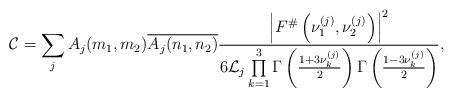
LaTeX: \begin{align*}\mathcal{C} = \sum \limits_j A_j(m_1,m_2) \overline{A_j(n_1,n_2)} \frac{\left|F^{\#}\left(\nu^{(j)}_1, \nu^{(j)}_2\right)\right|^2 }{6 \mathcal{L}_j \prod \limits_{k=1}^3 \Gamma\left(\frac{1+3\nu_k^{(j)}}{2}\right)\Gamma\left(\frac{1-3\nu_k^{(j)}}{2}\right)},\end{align*}